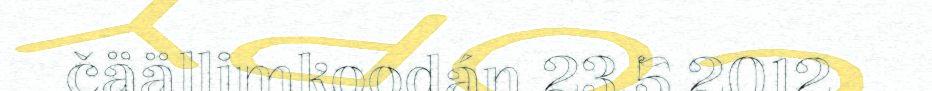
čäällimkoodán 23.5.2012